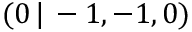
( 0 \, | \, - 1 , - 1 , 0 )